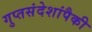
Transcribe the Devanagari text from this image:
गुप्तसंदेशांपैकी